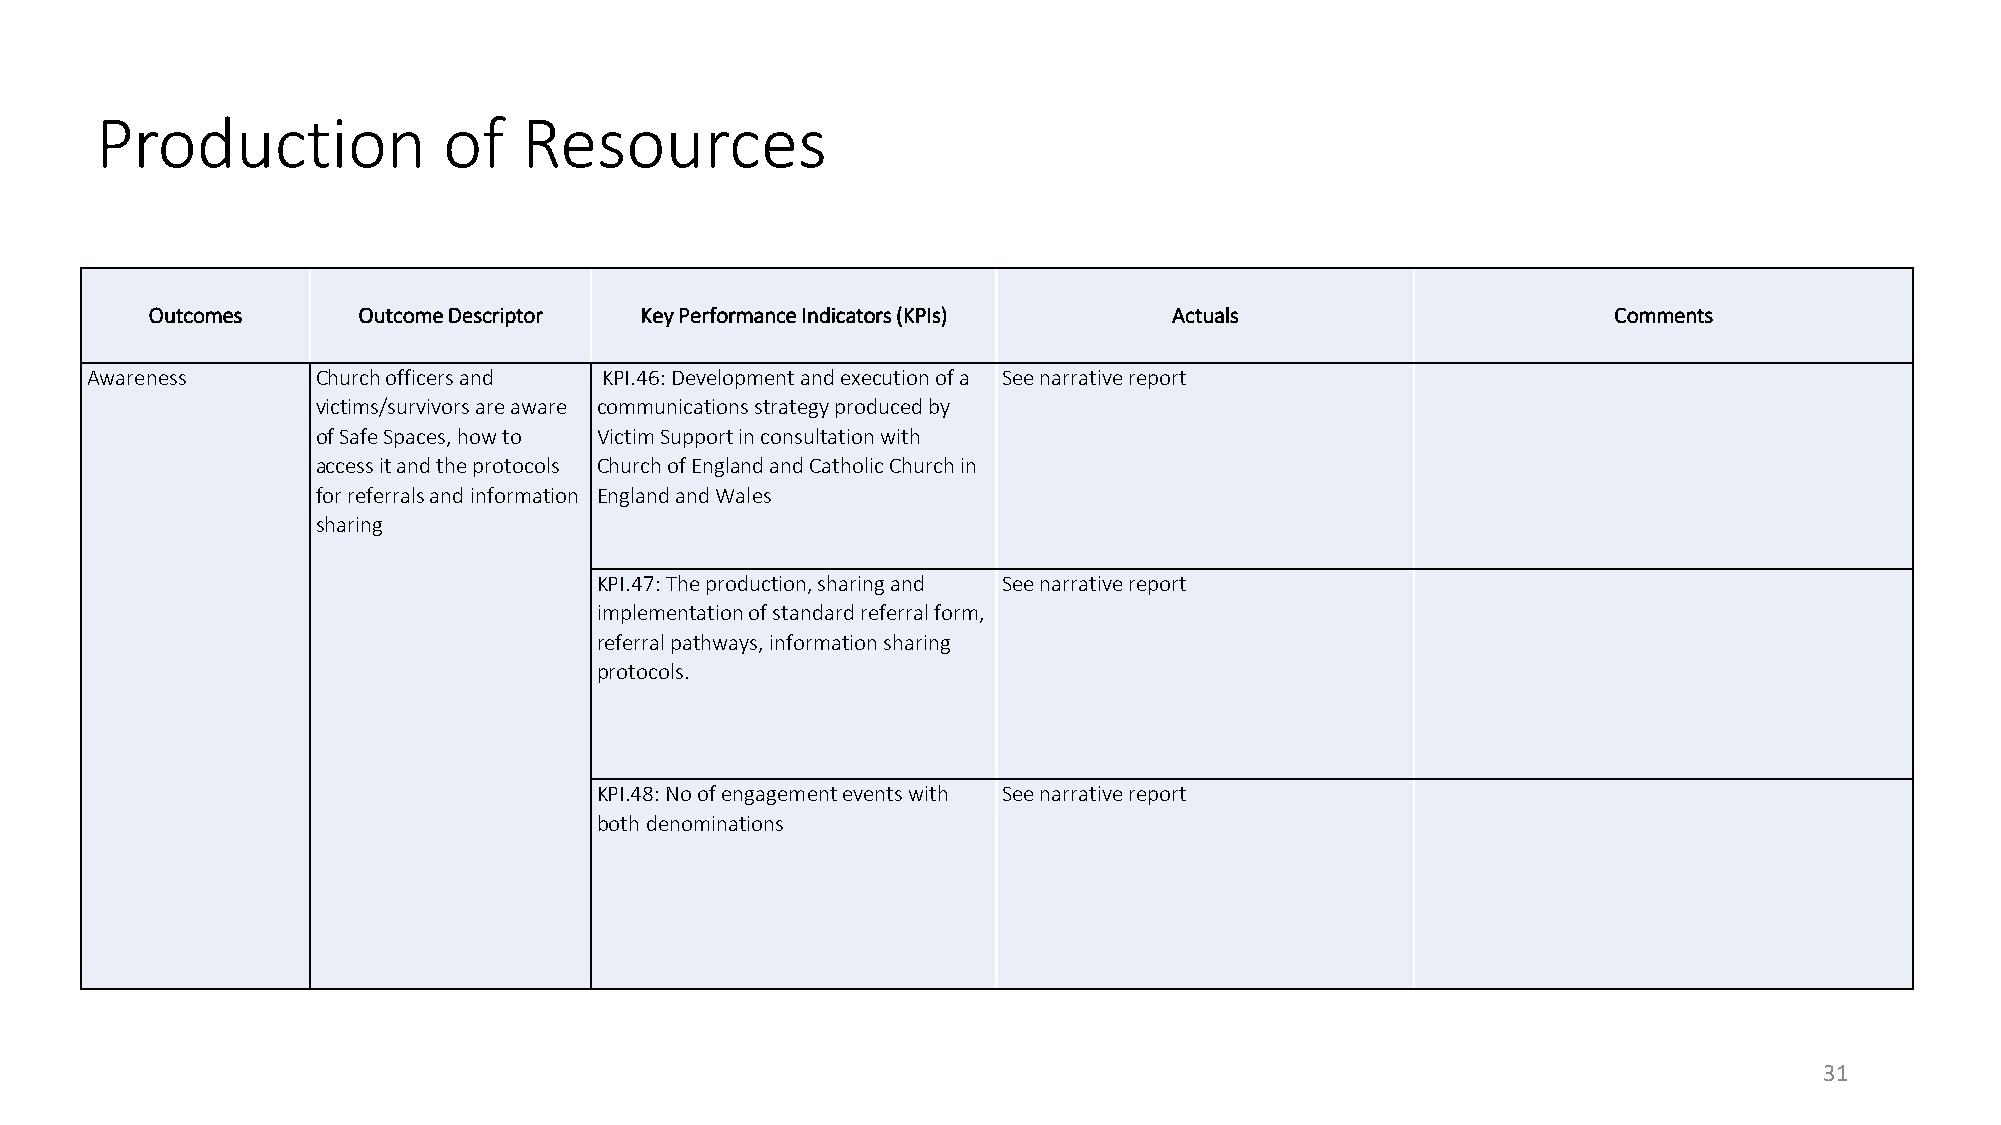
Production             of    Resources
 Outcomes      Outcome Descriptor Key Performance Indicators (KPIs)  Actuals                      Comments
 Awareness      Church officers and KPI.46: Development and execution of a See narrative report
 victims/survivors are aware communications strategy produced by
 of Safe Spaces, how to Victim Support in consultation with
 access it and the protocols Church of England and Catholic Church in
 for referrals and information England and Wales
 sharing
 KPI.47: The production, sharing and See narrative report
 implementation of standard referral form,
 referral pathways, information sharing
 protocols.
 KPI.48: No of engagement events with See narrative report
 both denominations
 31